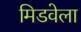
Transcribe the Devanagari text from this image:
मिडवेला